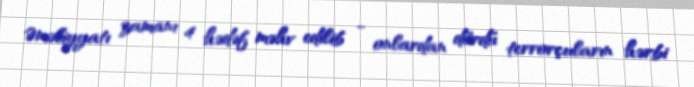
Əməliyyatı zamanı 4 hədəf məhv edilib - onlardan dördü terrorçuların hərbi